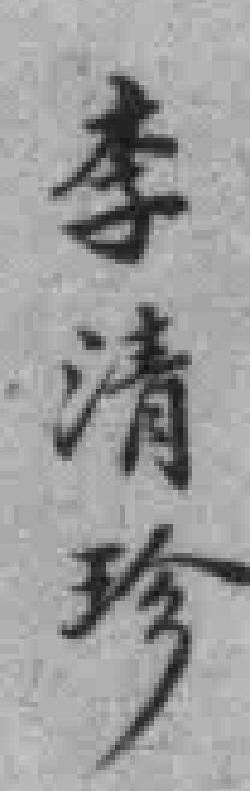
李清珍